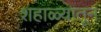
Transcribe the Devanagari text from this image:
शहाळ्यातून